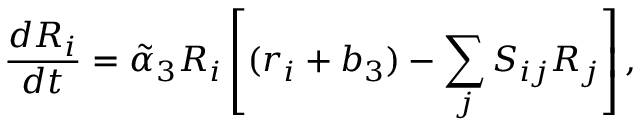
{ \frac { d R _ { i } } { d t } } = \tilde { \alpha } _ { 3 } R _ { i } \left[ ( r _ { i } + b _ { 3 } ) - \sum _ { j } S _ { i j } R _ { j } \right] ,